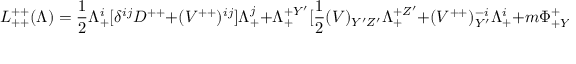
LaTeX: { \cal L } _ { + + } ^ { + + } ( \Lambda ) = { \frac { 1 } { 2 } } \Lambda _ { + } ^ { i } [ \delta ^ { i j } D ^ { + + } + ( V ^ { + + } ) ^ { i j } ] \Lambda _ { + } ^ { j } + \Lambda _ { + } ^ { + Y ^ { \prime } } [ { \frac { 1 } { 2 } } ( V ) _ { Y ^ { \prime } Z ^ { \prime } } \Lambda _ { + } ^ { + Z ^ { \prime } } + ( V ^ { + + } ) _ { Y ^ { \prime } } ^ { - i } \Lambda _ { + } ^ { i } + m \Phi _ { + Y ^ { \prime } } ^ { + } ] \; ,